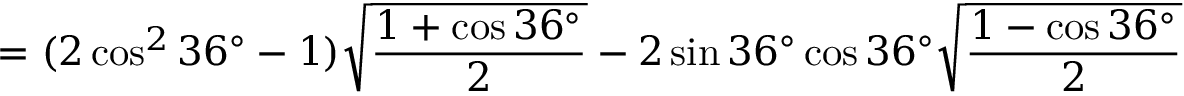
= ( 2 \cos ^ { 2 } 3 6 ^ { \circ } - 1 ) { \sqrt { \frac { 1 + \cos 3 6 ^ { \circ } } { 2 } } } - 2 \sin 3 6 ^ { \circ } \cos 3 6 ^ { \circ } { \sqrt { \frac { 1 - \cos 3 6 ^ { \circ } } { 2 } } }